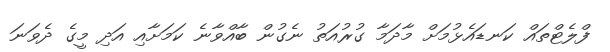
ފްލެޓްތައް ކަނޑައެޅުމަށް މާދަމާ ގުރުއަތު ނެގުން ބާއްވާނެ ކަމަށާއި އަދި މީގެ ދެވަނަ